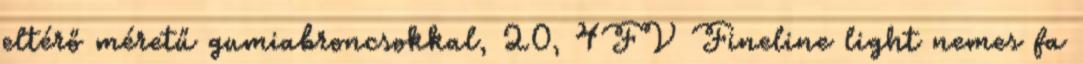
eltérő méretű gumiabroncsokkal, 20, 4FV Fineline light nemes fa